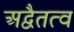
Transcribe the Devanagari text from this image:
अद्वैतत्व